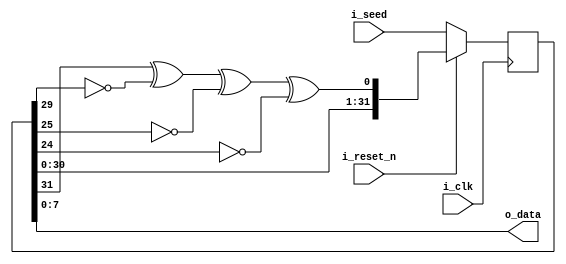
module random (
    
    // Inputs
    input                       i_clk,
    input                       i_reset_n,

    input               [31:0]  i_seed,

    // Outputs
    output              [7:0]  o_data
);

    /******** Parameter declarations ********/

    /******** Reg declarations ********/
    reg                 [31:0]  r_data;
    wire                        w_xnor;


    /******** Conccurrent logic ********/
    assign o_data = r_data[7:0];

    assign w_xnor = (r_data[31] ^ ~r_data[29] ^ ~r_data[25] ^ ~r_data[24]);

    /******** Process ********/
    always @(posedge i_clk) begin
        if (i_reset_n == 1'b0) begin
            r_data <= i_seed;
        end

        else begin
            r_data <= {r_data[30:0], w_xnor};
        end
    end


endmodule